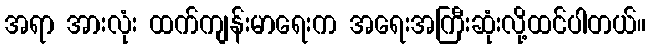
အရာ အားလုံး ထက်ကျန်းမာရေးက အရေးအကြီးဆုံးလို့ထင်ပါတယ်။